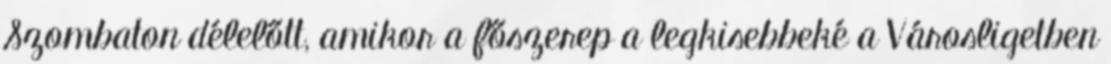
Szombaton délelőtt, amikor a főszerep a legkisebbeké a Városligetben